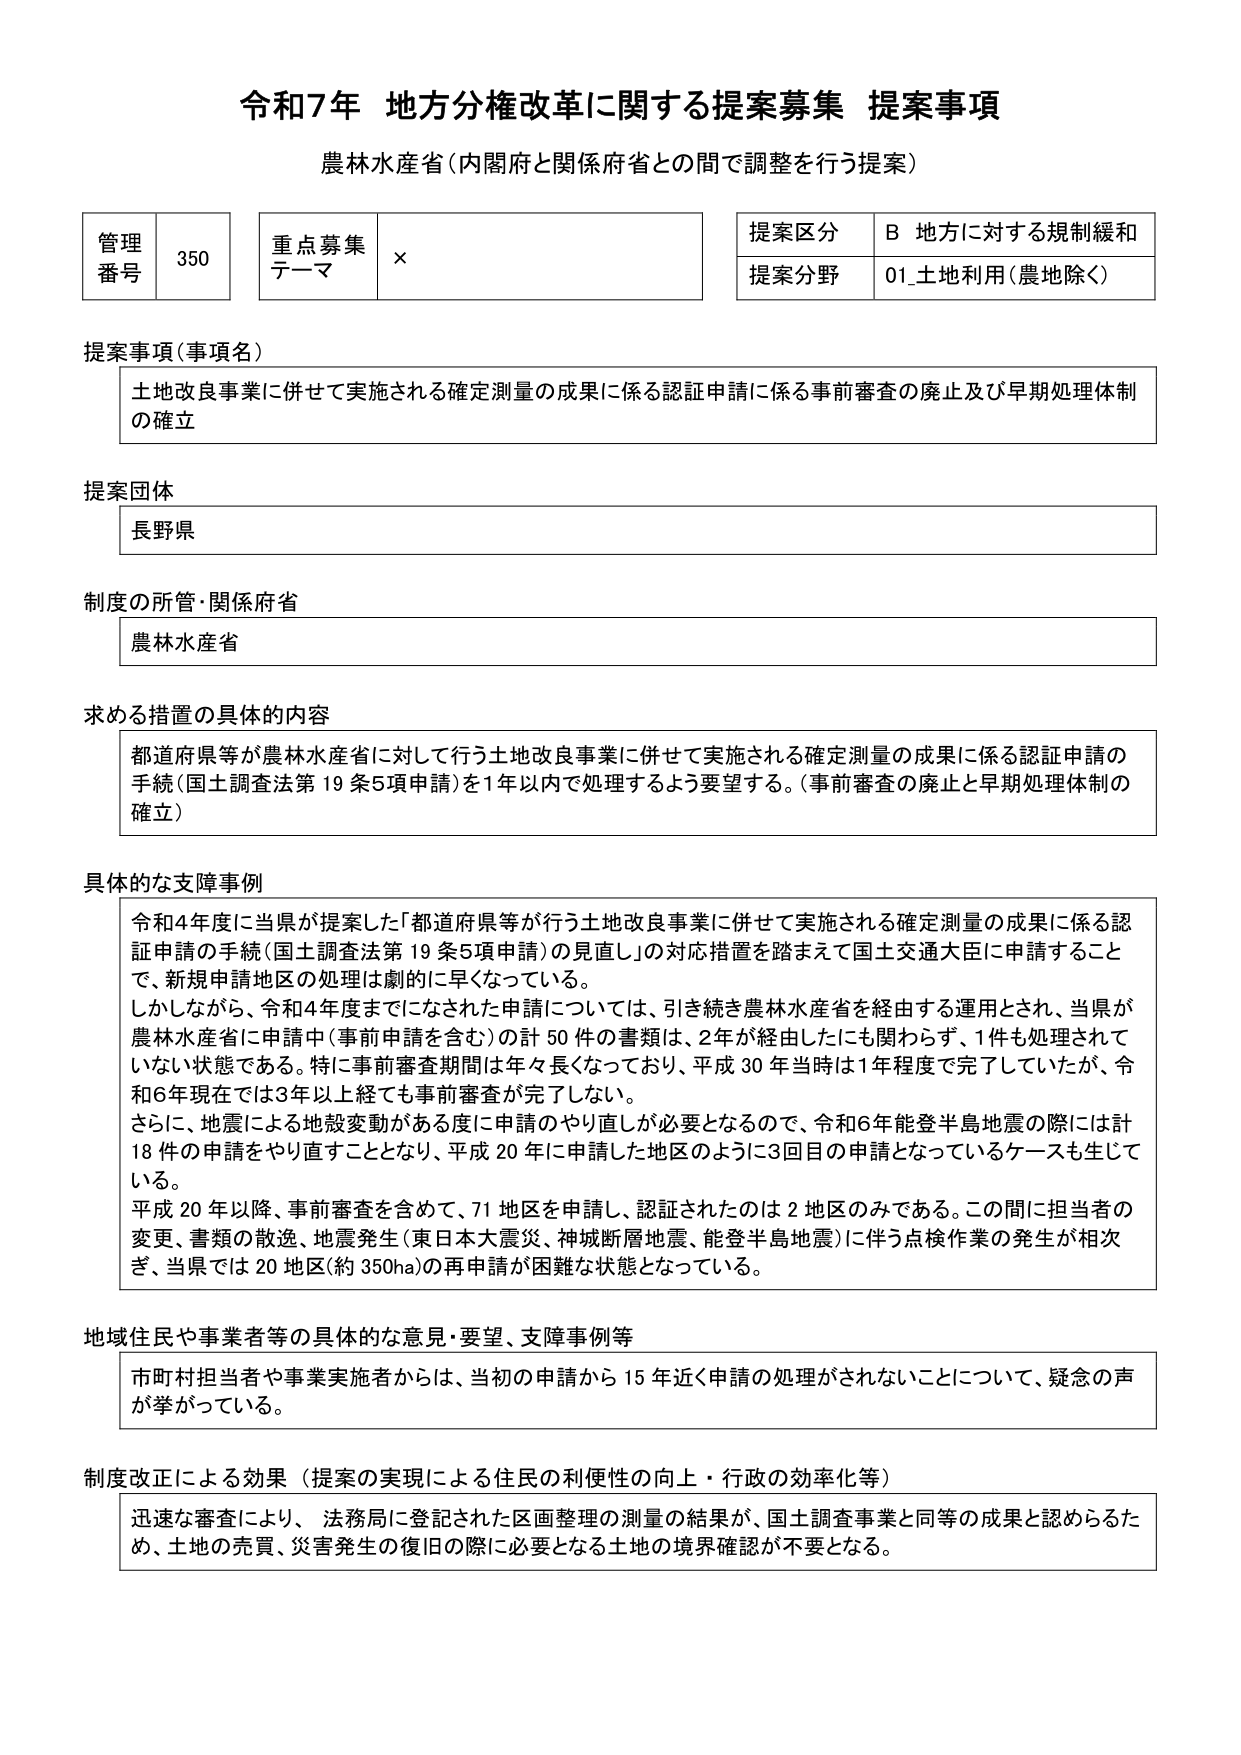
令和7年 地方分権改革に関する提案募集 提案事項
農林水産省（内閣府と関係府省との間で調整を行う提案）

管理番号 350
重点募集テーマ ×
提案区分 B 地方に対する規制緩和
提案分野 01_土地利用（農地除く）

提案事項（事項名）
土地改良事業に併せて実施される確定測量の成果に係る認証申請に係る事前審査の廃止及び早期処理体制の確立

提案団体
長野県

制度の所管・関係府省
農林水産省

求める措置の具体的内容
都道府県等が農林水産省に対して行う土地改良事業に併せて実施される確定測量の成果に係る認証申請の手続（国土調査法第19条5項申請）を1年以内で処理するよう要望する。（事前審査の廃止と早期処理体制の確立）

具体的な支障事例
令和4年度に当県が提案した「都道府県等が行う土地改良事業に併せて実施される確定測量の成果に係る認証申請の手続（国土調査法第19条5項申請）の見直し」の対応措置を踏まえて国土交通大臣に申請することで、新規申請地区の処理は劇的に早くなっている。
しかしながら、令和4年度までになされた申請については、引き続き農林水産省を経由する運用とされ、当県が農林水産省に申請中（事前申請を含む）の計50件の書類は、2年が経過したにも関わらず、1件も処理されていない状態である。特に事前審査期間は年々長くなっており、平成30年当時は1年程度で完了していたが、令和6年現在では3年以上経ても事前審査が完了しない。
さらに、地震による地殻変動がある度に申請のやり直しが必要となるので、令和6年能登半島地震の際には計18件の申請をやり直すこととなり、平成20年に申請した地区のように3回目の申請となっているケースも生じている。
平成20年以降、事前審査を含めて、71地区を申請し、認証されたのは2地区のみである。この間に担当者の変更、書類の散逸、地震発生（東日本大震災、神城断層地震、能登半島地震）に伴う点検作業の発生が相次ぎ、当県では20地区（約350ha）の再申請が困難な状態となっている。

地域住民や事業者等の具体的な意見・要望、支障事例等
市町村担当者や事業実施者からは、当初の申請から15年近く申請の処理がされないことについて、疑念の声が挙がっている。

制度改正による効果（提案の実現による住民の利便性の向上・行政の効率化等）
迅速な審査により、法務局に登記された区画整理の測量の結果が、国土調査事業と同等の成果と認められるため、土地の売買、災害発生の復旧の際に必要となる土地の境界確認が不要となる。